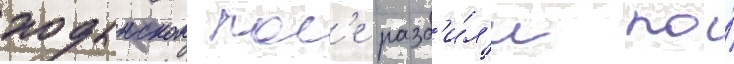
ходынском пол'е разб'и́л'и по́